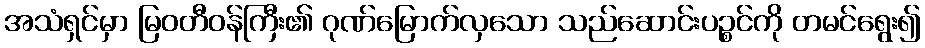
အသံရှင်မှာ မြဝတီဝန်ကြီး၏ ဂုဏ်မြောက်လှသော သည်ဆောင်းပဉ္စင်ကို တမင်ရွေး၍